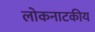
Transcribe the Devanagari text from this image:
लोकनाटकीय